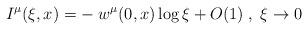
LaTeX: \begin{align*}I^{\mu}(\xi, x) = -\; w^{\mu}(0, x) \log \xi + O(1)\;, \; \xi \to 0\end{align*}